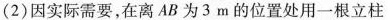
(2)因实际需要，在离AB为3m的位置处用一根立柱